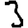
Digit: 3